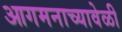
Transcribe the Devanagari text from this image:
आगमनाच्यावेळी